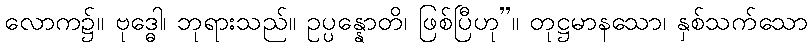
လောက၌။ ဗုဒ္ဓေါ၊ ဘုရားသည်။ ဥပ္ပန္နောတိ၊ ဖြစ်ပြီဟု”။ တုဋ္ဌမာနသော၊ နှစ်သက်သော